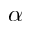
\alpha